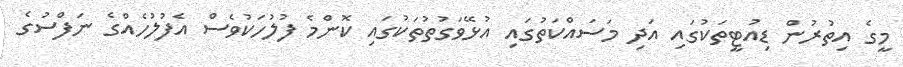
މީގެ އިތުރުން ޑިއުޓީތަކުގައި އަދި މަސައްކަތުގައި އުޅޭވަގުތުތަކުގައި ކޮންމެ ފުލުހަކުވެސް އެފުލުހެއްގެ ނަފްސުގެ